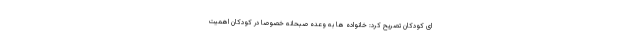
ای کودکان تصریح کرد: خانواده ها به وعده صبحانه خصوصا در کودکان اهمیت